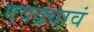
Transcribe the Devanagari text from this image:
एवढ्यावं